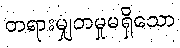
တရားမျှတမှုမရှိသော